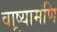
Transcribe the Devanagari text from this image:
वाष्र्यामणि